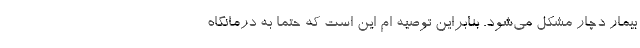
بیمار دچار مشکل می‌شود. بنابراین توصیه ام این است که حتما به درمانگاه